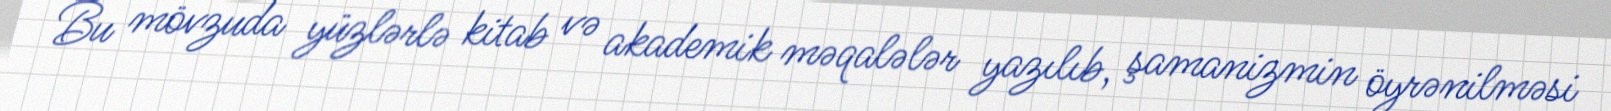
Bu mövzuda yüzlərlə kitab və akademik məqalələr yazılıb, şamanizmin öyrənilməsi